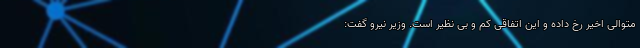
متوالی اخیر رخ داده و این اتفاقی کم و بی نظیر است. وزیر نیرو گفت: